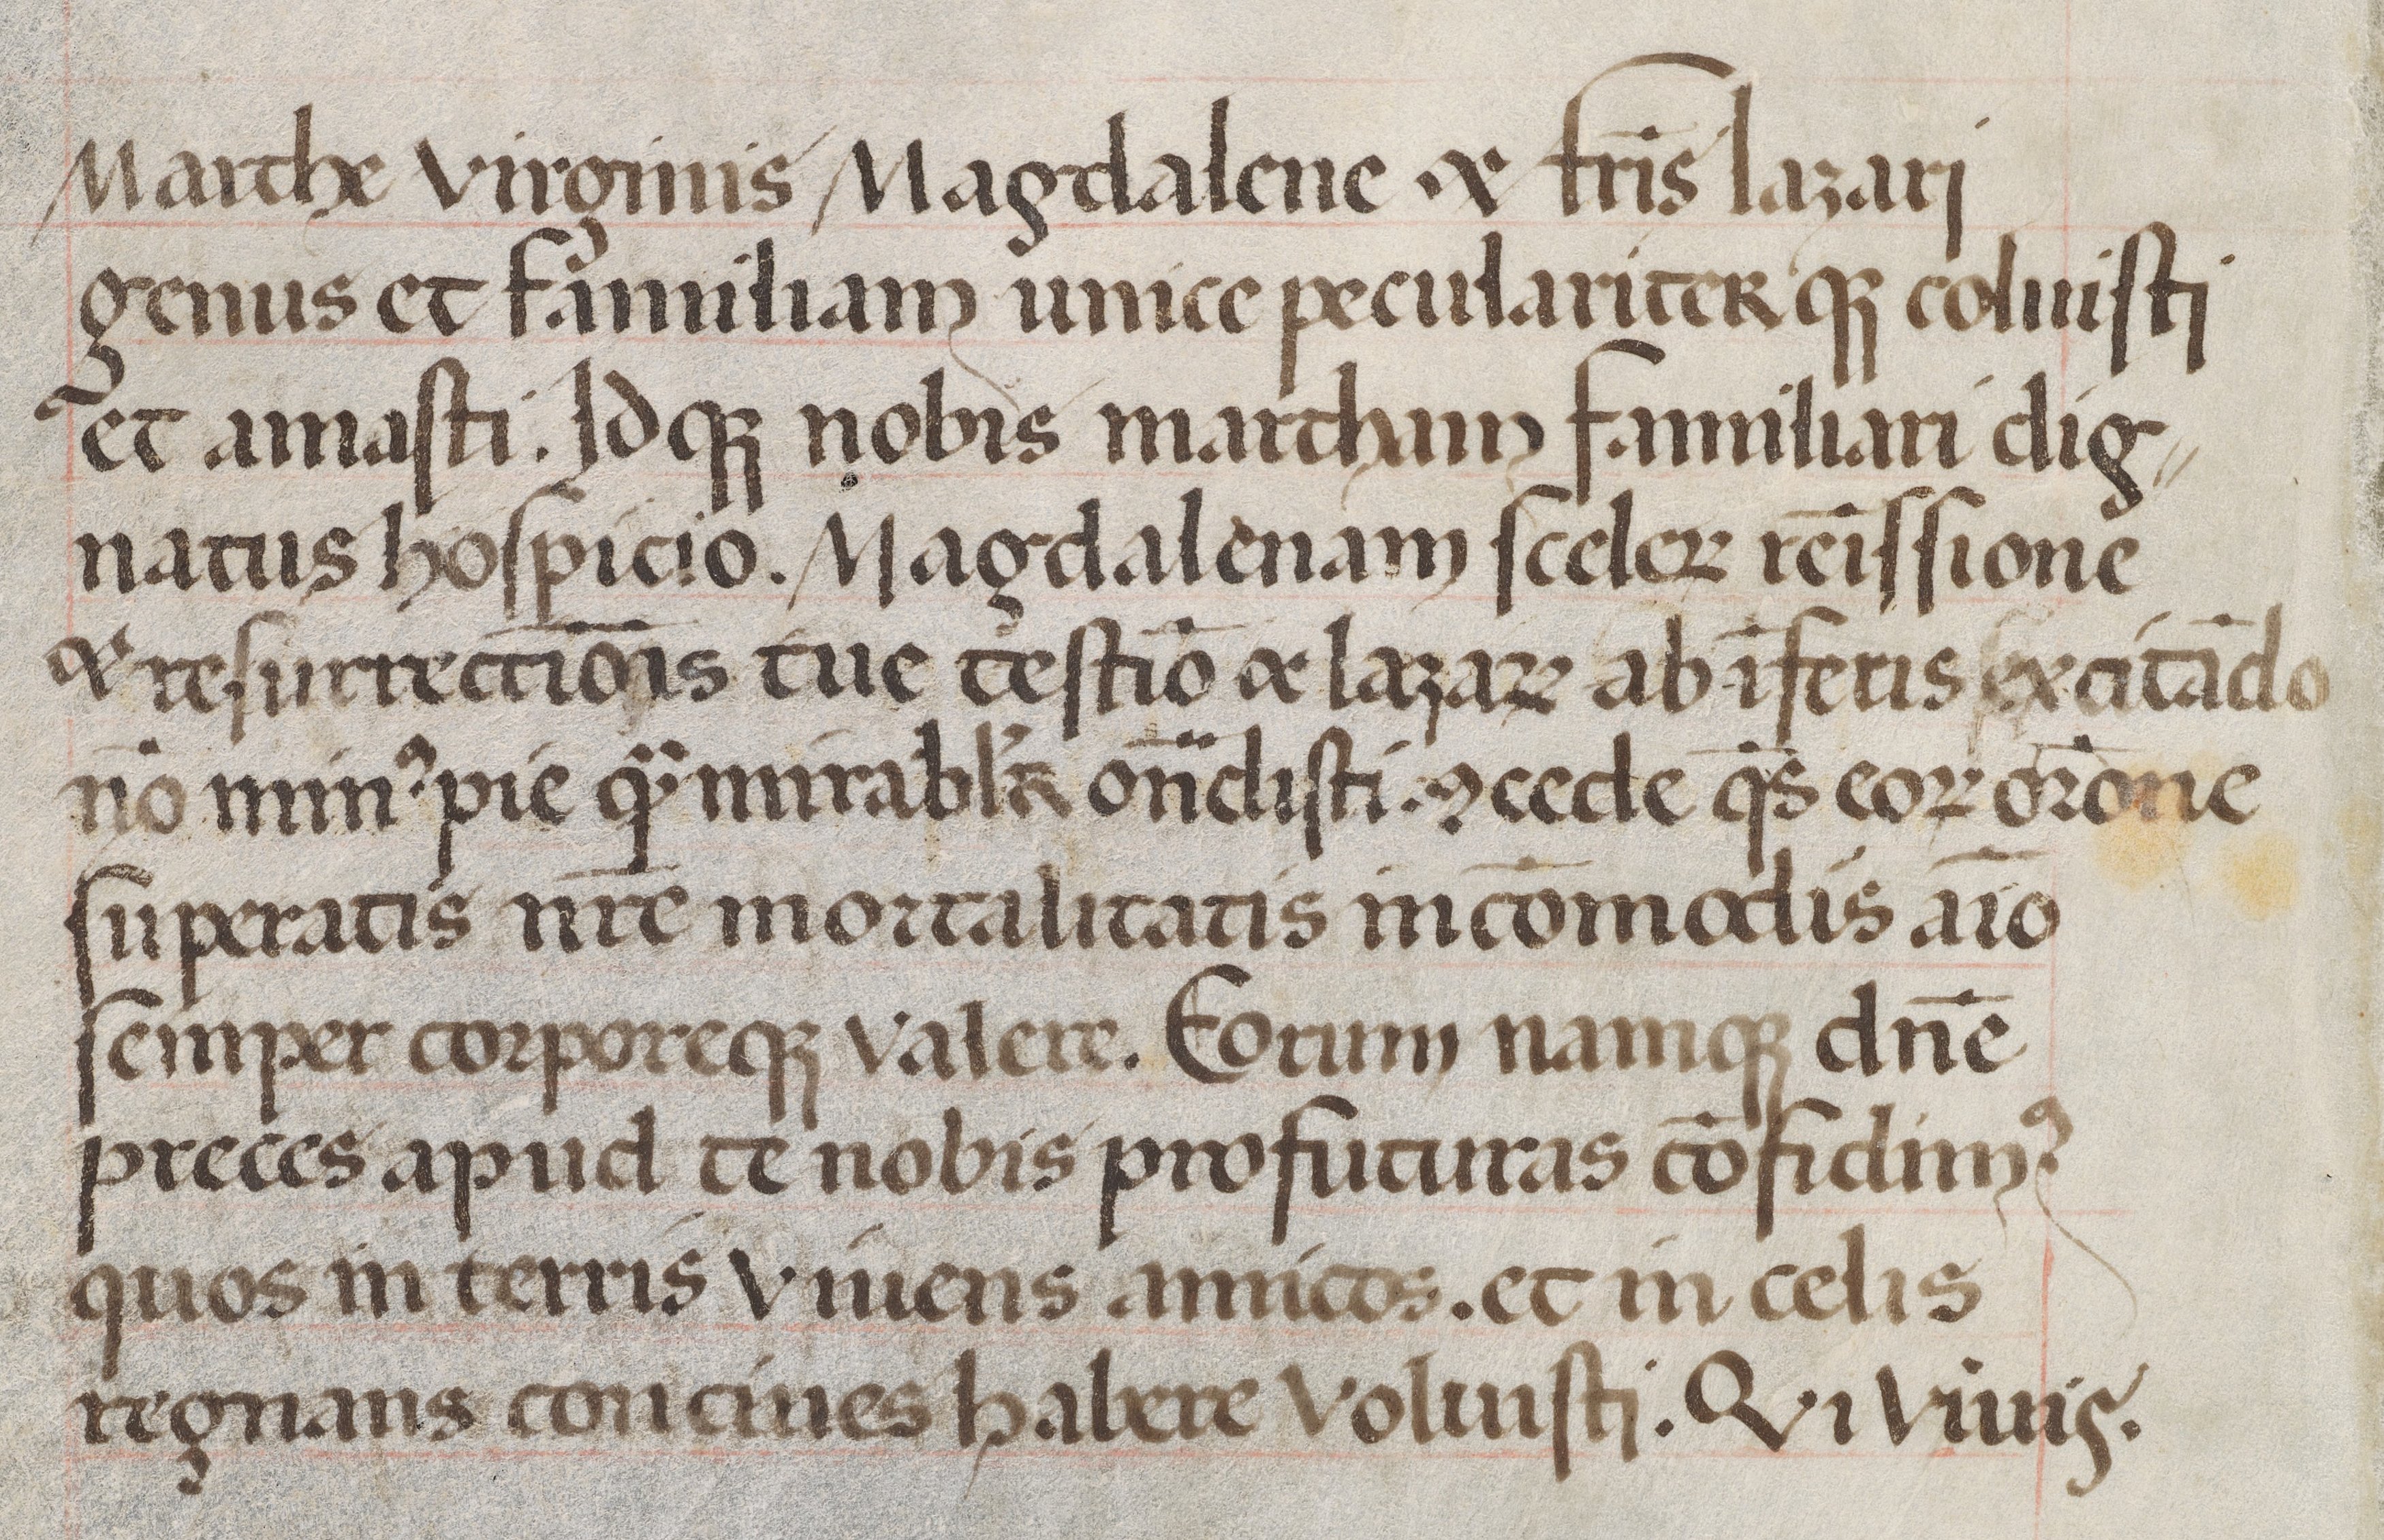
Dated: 1475–1505